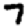
Digit: 7